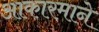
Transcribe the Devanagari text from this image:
आकारमाने